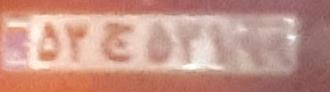
۵۳ج۵۳۱۹۹